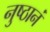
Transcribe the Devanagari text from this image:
नुष्ठानं